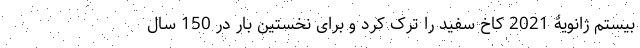
بیستم ژانویۀ 2021 کاخ سفید را ترک کرد و برای نخستین بار در 150 سال